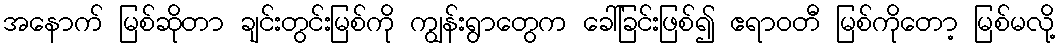
အနောက် မြစ်ဆိုတာ ချင်းတွင်းမြစ်ကို ကျွန်းရွာတွေက ခေါ်ခြင်းဖြစ်၍ ဧရာဝတီ မြစ်ကိုတော့ မြစ်မလို့